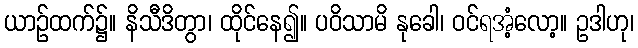
ယာဉ်ထက်၌။ နိသီဒိတွာ၊ ထိုင်နေ၍။ ပဝိသာမိ နုခေါ၊ ဝင်ရအံ့လော့။ ဥဒါဟု၊